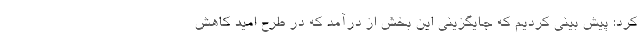
کرد: پیش بینی کردیم که جایگزینی این بخش از درآمد که در طرح امید کاهش